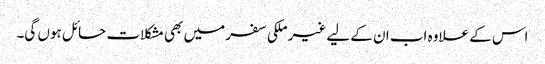
اس کے علاوہ اب ان کے لیے غیر ملکی سفر میں بھی مشکلات حائل ہوں گی۔